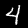
Label: 4